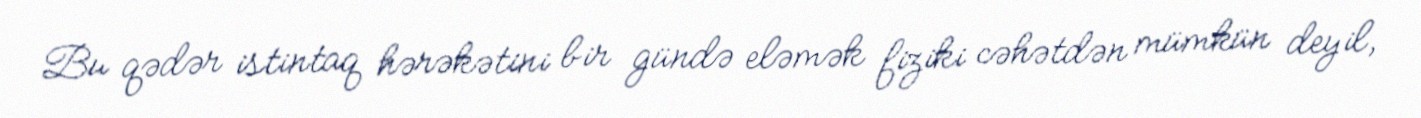
Bu qədər istintaq hərəkətini bir gündə eləmək fiziki cəhətdən mümkün deyil,